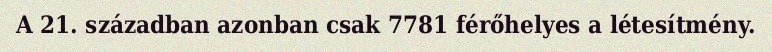
A 21. században azonban csak 7781 férőhelyes a létesítmény.